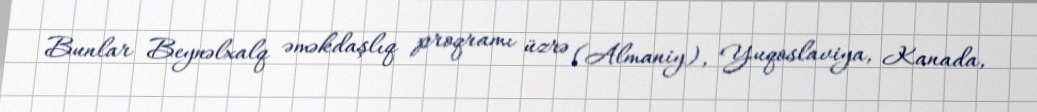
Bunlar Beynəlxalq əməkdaşlıq proqramı üzrə (Almaniy), Yuqoslaviya, Kanada,